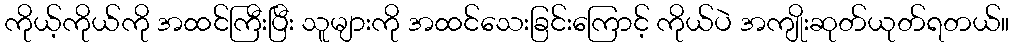
ကိုယ့်ကိုယ်ကို အထင်ကြီးပြီး သူများကို အထင်သေးခြင်းကြောင့် ကိုယ်ပဲ အကျိုးဆုတ်ယုတ်ရတယ်။